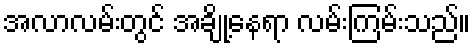
အလာလမ်းတွင် အချို့နေရာ လမ်းကြမ်းသည်။